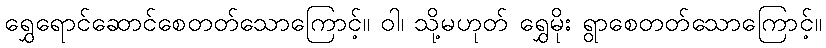
ရွှေရောင်ဆောင်စေတတ်သောကြောင့်။ ဝါ၊ သို့မဟုတ် ရွှေမိုး ရွာစေတတ်သောကြောင့်။